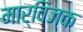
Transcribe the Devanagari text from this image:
मार्विज्क